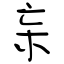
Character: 杗